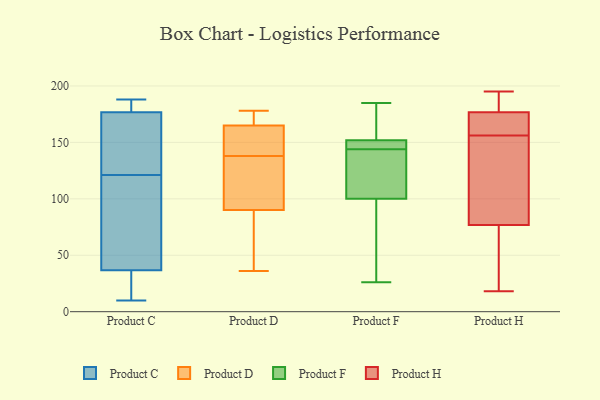
{"axis": {"x": "Operating Costs (USD K)", "y": "Value"}, "legend": ["Product C", "Product D", "Product F", "Product H"], "data": [{"x": "", "y": 187, "type": "Product C"}, {"x": "", "y": 121, "type": "Product C"}, {"x": "", "y": 101, "type": "Product C"}, {"x": "", "y": 34, "type": "Product C"}, {"x": "", "y": 179, "type": "Product C"}, {"x": "", "y": 187, "type": "Product C"}, {"x": "", "y": 16, "type": "Product C"}, {"x": "", "y": 45, "type": "Product C"}, {"x": "", "y": 143, "type": "Product C"}, {"x": "", "y": 87, "type": "Product C"}, {"x": "", "y": 28, "type": "Product C"}, {"x": "", "y": 188, "type": "Product C"}, {"x": "", "y": 34, "type": "Product C"}, {"x": "", "y": 170, "type": "Product C"}, {"x": "", "y": 181, "type": "Product C"}, {"x": "", "y": 10, "type": "Product C"}, {"x": "", "y": 93, "type": "Product C"}, {"x": "", "y": 121, "type": "Product C"}, {"x": "", "y": 149, "type": "Product C"}, {"x": "", "y": 70, "type": "Product D"}, {"x": "", "y": 142, "type": "Product D"}, {"x": "", "y": 149, "type": "Product D"}, {"x": "", "y": 165, "type": "Product D"}, {"x": "", "y": 178, "type": "Product D"}, {"x": "", "y": 134, "type": "Product D"}, {"x": "", "y": 90, "type": "Product D"}, {"x": "", "y": 112, "type": "Product D"}, {"x": "", "y": 167, "type": "Product D"}, {"x": "", "y": 36, "type": "Product D"}, {"x": "", "y": 163, "type": "Product F"}, {"x": "", "y": 144, "type": "Product F"}, {"x": "", "y": 140, "type": "Product F"}, {"x": "", "y": 152, "type": "Product F"}, {"x": "", "y": 26, "type": "Product F"}, {"x": "", "y": 129, "type": "Product F"}, {"x": "", "y": 159, "type": "Product F"}, {"x": "", "y": 152, "type": "Product F"}, {"x": "", "y": 185, "type": "Product F"}, {"x": "", "y": 56, "type": "Product F"}, {"x": "", "y": 76, "type": "Product F"}, {"x": "", "y": 69, "type": "Product F"}, {"x": "", "y": 176, "type": "Product F"}, {"x": "", "y": 147, "type": "Product F"}, {"x": "", "y": 145, "type": "Product F"}, {"x": "", "y": 97, "type": "Product F"}, {"x": "", "y": 151, "type": "Product F"}, {"x": "", "y": 131, "type": "Product F"}, {"x": "", "y": 109, "type": "Product F"}, {"x": "", "y": 18, "type": "Product H"}, {"x": "", "y": 73, "type": "Product H"}, {"x": "", "y": 156, "type": "Product H"}, {"x": "", "y": 33, "type": "Product H"}, {"x": "", "y": 182, "type": "Product H"}, {"x": "", "y": 167, "type": "Product H"}, {"x": "", "y": 165, "type": "Product H"}, {"x": "", "y": 180, "type": "Product H"}, {"x": "", "y": 194, "type": "Product H"}, {"x": "", "y": 195, "type": "Product H"}, {"x": "", "y": 165, "type": "Product H"}, {"x": "", "y": 88, "type": "Product H"}, {"x": "", "y": 147, "type": "Product H"}, {"x": "", "y": 65, "type": "Product H"}, {"x": "", "y": 89, "type": "Product H"}]}